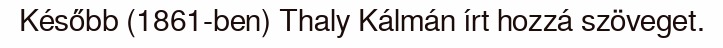
Később (1861-ben) Thaly Kálmán írt hozzá szöveget.